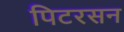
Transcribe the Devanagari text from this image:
पिटरसन